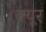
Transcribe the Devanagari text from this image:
क्यूर